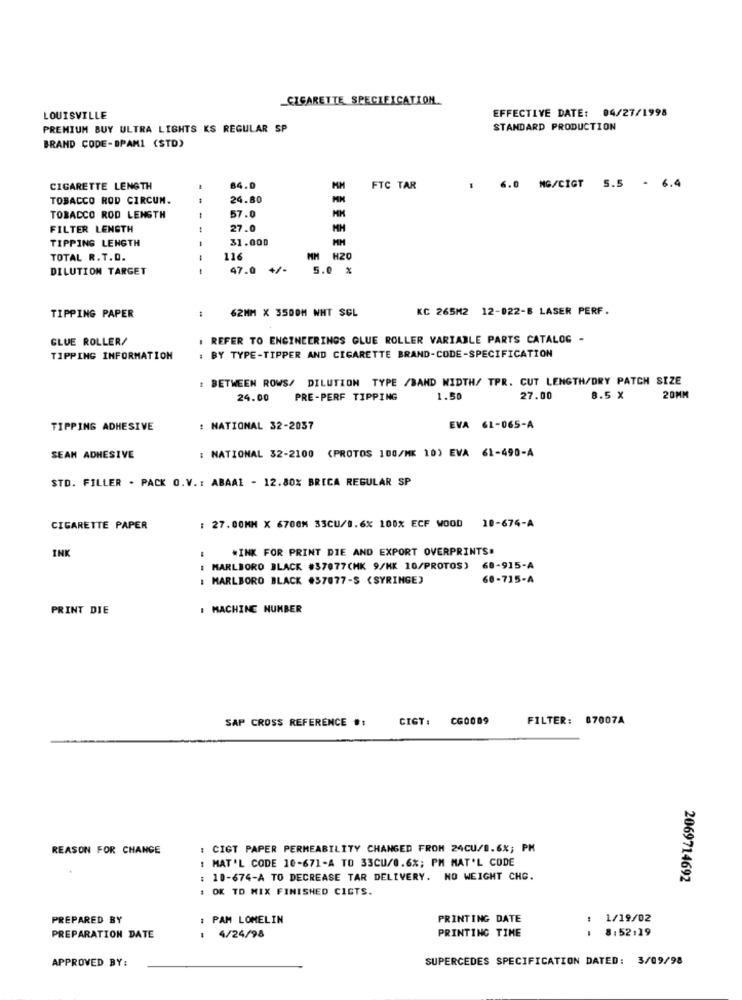
CIGARETTE SPECIFICATION.
EFFECTIVE DATE: 04/27/1998
LOUISVILLE
PREMIUM BUY ULTRA LIGHTS KS REGULAR SP
STANDARD PRODUCTION
BRAND CODE-BPAMI (STD)
CIGARETTE LENGTH
-
84.0
FTC TAR
: 6.0 MG/CIGT S.5 - 6.4
TOBACCO ROD CIRCUM.
1
24.80
TOBACCO ROD LENGTH
-
57.0
FILTER LENGTH
27.0
TIPPING LENGTH
31.000
TOTAL R.T.D.
116
MM H20
DILUTION TARGET
47.0
5.0 %
62MM X 35DOM NHT SEL
KC 265M2 12-022-8 LASER PERF.
TIPPING PAPER
GLUE ROLLER/
. REFER TO ENGINEERINGS GLUE ROLLER VARIABLE PARTS CATALOG -
TIPPING INFORMATION
: BY TYPE-TIPPER AND CIGARETTE BRAND-CODE-SPECIFICATION
: BETWEEN ROWS/ DILUTION TYPE /BAND WIDTH/ TPR. CUT LENGTH/DRY PATCH SIZE
24.00
PRE-PERF TIPPING
1.50
27.00
8.5 X
20MM
TIPPING ADHESIVE
: NATIONAL 32-2037
EVA 61-065-A
: NATIONAL 32-2100 (PROTOS 100/MK 10) EVA 61-490-A
SEAM ADHESIVE
STD. FILLER . PACK O.V .: ABAAL - 12.80% BRICA REGULAR SP
CIGARETTE PAPER
: 27.00MM X 6700M 33CU/1.6% 100% ECF WOOD 18-674-A
WINK FOR PRINT DIE AND EXPORT OVERPRINTS.
INK
MARLBORO BLACK #37077(HK 9/MK 10/PROTOS) 68-915-A
MARLBORO BLACK #57077-S (SYRINGE)
60-715-A
PRINT DIE
: MACHINE NUMBER
SAP CROSS REFERENCE #:
CIGT :
CG0089
FILTER: 87007A
REASON FOR CHANGE
: CIGT PAPER PERMEABILITY CHANGED FROM 24CU/B.6%; PM
: MAT'L CODE 10-671-A TO 33CU/0.6%; PM MAT'L CODE
: 10-674-A TO DECREASE TAR DELIVERY. NO WEIGHT CHC.
2069714692
: OK TO MIX FINISHED CIGTS.
PREPARED BY
PAM LOMELIN
PRINTING DATE
: 1/19/02
PRINTING TIME
8:52:19
PREPARATION DATE
: 4/24/98
APPROVED BY:
SUPERCEDES SPECIFICATION DATED: 3/09/98